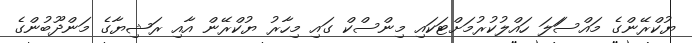
ޔުކްރޭންގެ މައްސަަލަ ހައްލުކުރުމަށްޓަކައި މިންސްކް ގައި މިހާރު ޔުކްރޭން އާއި ރަޝިޔާގެ މަންދޫބުންގެ